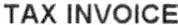
TAX INVOICE